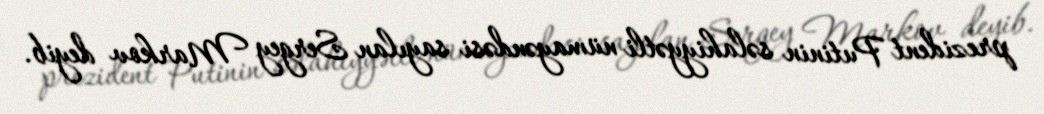
prezident Putinin səlahiyyətli nümayəndəsi sayılan Sergey Markov deyib.